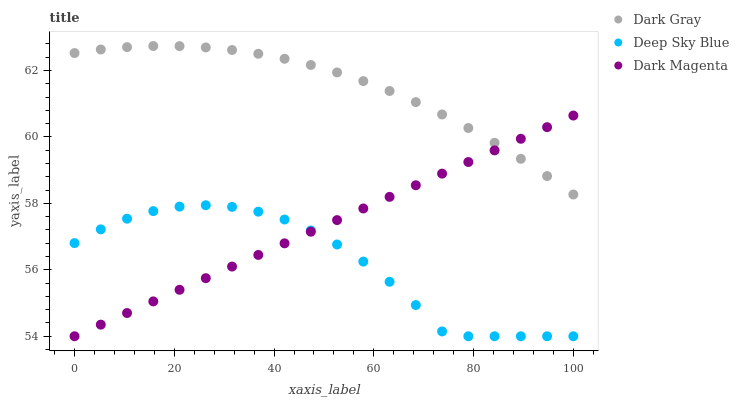
| xaxis_label | Dark Gray | Deep Sky Blue | Dark Magenta |
 | --- | --- | --- | --- |
 | 0 | 62.5 | 56.8 | 54 |
 | 5.26 | 62.6 | 57.2 | 54.3 |
 | 10.5 | 62.7 | 57.5 | 54.7 |
 | 15.8 | 62.7 | 57.8 | 55 |
 | 21.1 | 62.7 | 57.9 | 55.4 |
 | 26.3 | 62.7 | 57.9 | 55.7 |
 | 31.6 | 62.6 | 57.9 | 56.1 |
 | 36.8 | 62.5 | 57.7 | 56.4 |
 | 42.1 | 62.4 | 57.5 | 56.8 |
 | 47.4 | 62.2 | 57.2 | 57.1 |
 | 52.6 | 61.9 | 56.8 | 57.5 |
 | 57.9 | 61.7 | 56.2 | 57.8 |
 | 63.2 | 61.4 | 55.6 | 58.2 |
 | 68.4 | 61 | 54.9 | 58.5 |
 | 73.7 | 60.7 | 54.1 | 58.9 |
 | 78.9 | 60.3 | 54 | 59.2 |
 | 84.2 | 59.8 | 54 | 59.6 |
 | 89.5 | 59.3 | 54 | 59.9 |
 | 94.7 | 58.8 | 54 | 60.3 |
 | 100 | 58.3 | 54 | 60.6 |